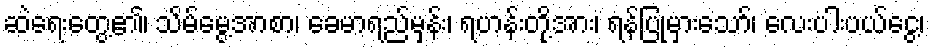
ဆဲရေးတွေ့၏၊ သိမ်မွေ့အာစာ၊ ခေမာရည်မှန်း၊ ရဟန်းတို့အား၊ ရန်ပြုမှားသော်၊ လေးပါးပယ်ငွေ့၊